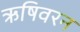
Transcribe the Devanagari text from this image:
ऋषिवरन